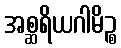
အစ္ဆရိယဂါမိဉ္စ